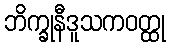
ဘိက္ခုနီဒူသကဝတ္ထု